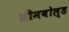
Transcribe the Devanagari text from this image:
ग्रीमबोल्ड